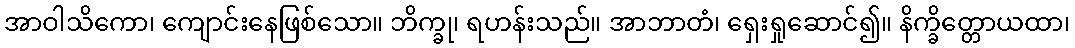
အာဝါသိကော၊ ကျောင်းနေဖြစ်သော။ ဘိက္ခု၊ ရဟန်းသည်။ အာဘာတံ၊ ရှေးရှုဆောင်၍။ နိက္ခိတ္တောယထာ၊